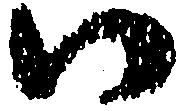
い